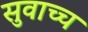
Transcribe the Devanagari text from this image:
सुवाच्च